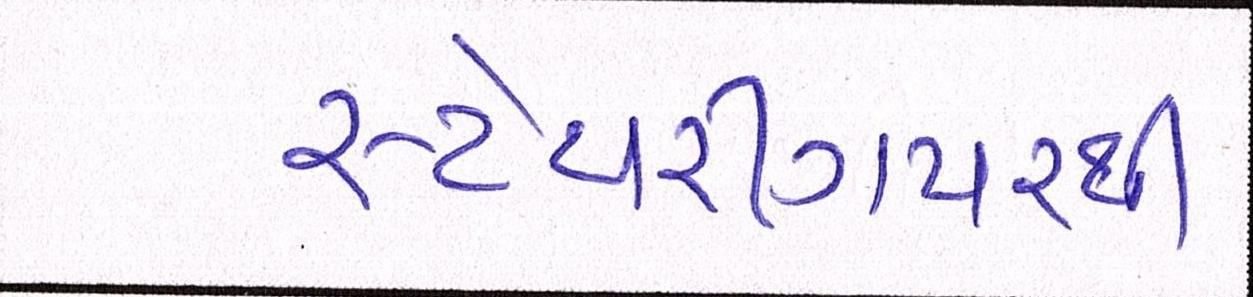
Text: સ્ટેયરીંગપરથી